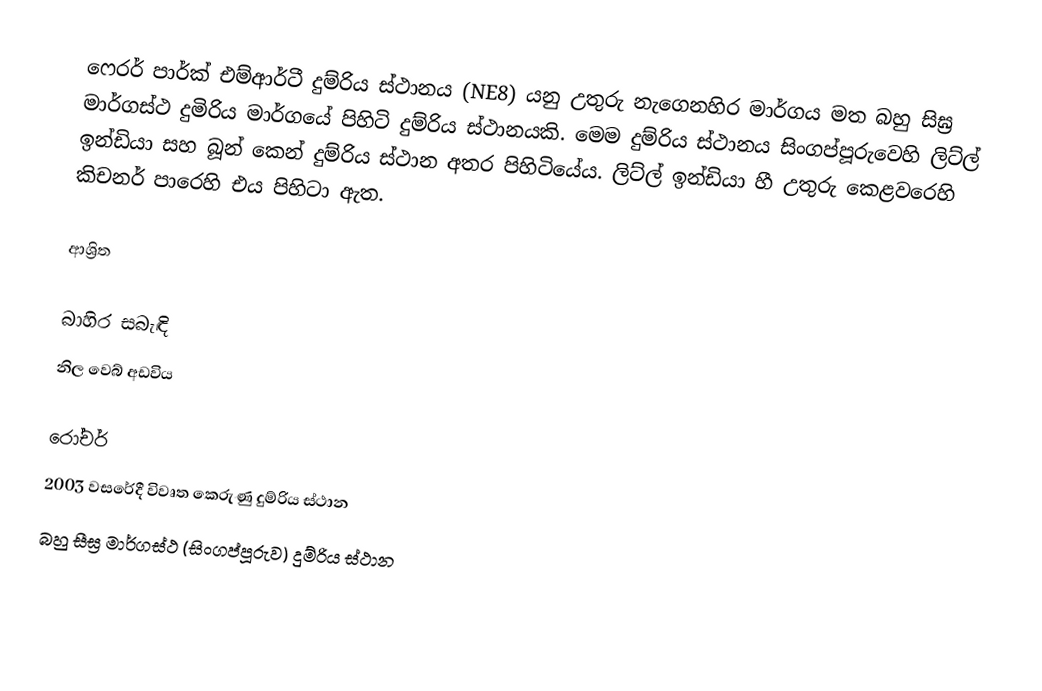
ෆෙරර් පාර්ක්  එම්ආර්ටී දුම්රිය ස්ථානය (NE8) යනු  උතුරු නැගෙනහිර මාර්ගය මත    බහු සිඝ්‍ර මාර්ගස්ථ දුමිරිය මාර්ගයේ පිහිටි දුම්රිය ස්ථානයකි. මෙම දුම්රිය ස්ථානය  සිංගප්පූරුවෙහි ලිට්ල් ඉන්ඩියා සහ බූන් කෙන් දුම්රිය ස්ථාන අතර පිහිටියේය. ලිට්ල් ඉන්ඩියා හී උතුරු කෙළවරෙහි කිචනර් පාරෙහි එය පිහිටා ඇත.

ආශ්‍රිත

බාහිර සබැඳි
 නිල වෙබ් අඩවිය

රෝචර්
2003 වසරේදී විවෘත කෙරුණු දුම්රිය ස්ථාන
බහු සීඝ්‍ර මාර්ගස්ථ (සිංගප්පූරුව) දුම්රිය ස්ථාන